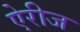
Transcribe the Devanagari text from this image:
ऐरीज